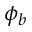
\phi _ { b }